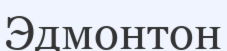
Эдмонтон